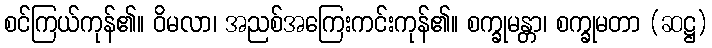
စင်ကြယ်ကုန်၏။ ဝိမလာ၊ အညစ်အကြေးကင်းကုန်၏။ စက္ခုမန္တာ၊ စက္ခုမတာ (ဆဋ္ဌ)